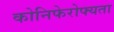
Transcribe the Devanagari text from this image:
कोनिफेरोफ्यता